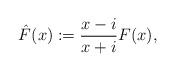
LaTeX: \begin{align*}\hat{F}(x) := \frac{x - i}{x + i} F(x),\end{align*}